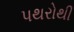
પથરોથી